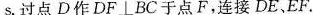
s。过点D作DF⊥BC于点F，连接DE、EF。